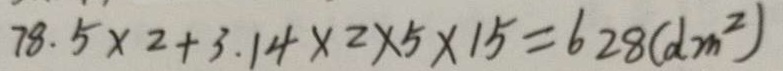
7 8 . 5 \times 2 + 3 . 1 4 \times 2 \times 5 \times 1 5 = 6 2 8 ( d m ^ { 2 } )